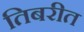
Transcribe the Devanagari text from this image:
तिबरीत